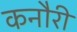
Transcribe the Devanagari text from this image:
कनौरी